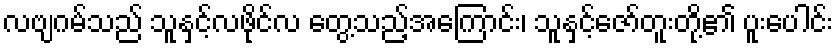
လဗျဂမ်သည် သူနှင့်လဖိုင်လ တွေ့သည့်အကြောင်း၊ သူနှင့်ဇော်တူးတို့၏ ပူးပေါင်း